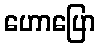
ဟောပြော